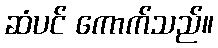
ဆံပင် ကောက်သည်။